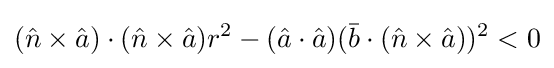
({\hat {n}}\times {\hat {a}})\cdot ({\hat {n}}\times {\hat {a}})r^{2}-({\hat {a}}\cdot {\hat {a}})({\bar {b}}\cdot ({\hat {n}}\times {\hat {a}}))^{2}<0